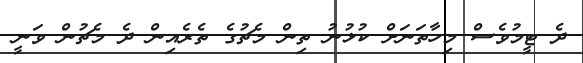
ދެ ޓީމުވެސް މިހާތަނަށް ކުޅުނު ތިން މެޗުގެ ތެރެއިން ދެ މެޗުން ވަނީ